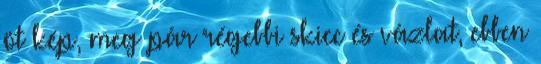
öt kép, meg pár régebbi skicc és vázlat, ebben